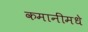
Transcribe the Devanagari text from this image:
कमानींमधे